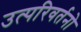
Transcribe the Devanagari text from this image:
उत्परिवर्तनो